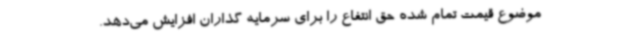
موضوع قیمت تمام شده حق انتفاع را برای سرمایه گذاران افزایش می‌دهد.